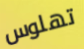
تهلوس